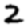
Digit: 2